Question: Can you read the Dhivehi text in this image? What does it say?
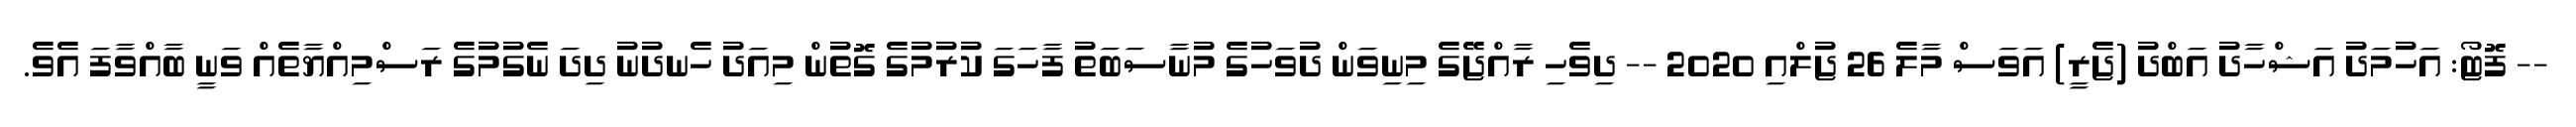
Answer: -- ފޮޓޯ: އަހުމަދު އަޝްހާދު އަބްދު (ޖެރީ) އަވަސް މާލެ 26 ޖުލްއި 2020 -- ދިވެހި ރާއްޖޭގެ މިނިވަން ދުވަހުގެ މުނާސަބަތު ފާހަގަ ކުރުމުގެ ގޮތުން މިއަދު ހެނދުނު ދިދަ ނެގުމުގެ ރަސްމިއްޔާތެއް ވަނީ ބާއްވާފަ އެވެ.